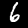
Digit: 6